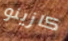
كازينو